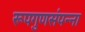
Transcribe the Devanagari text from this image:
रूपगुणसंपन्ना